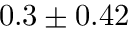
0 . 3 \pm 0 . 4 2